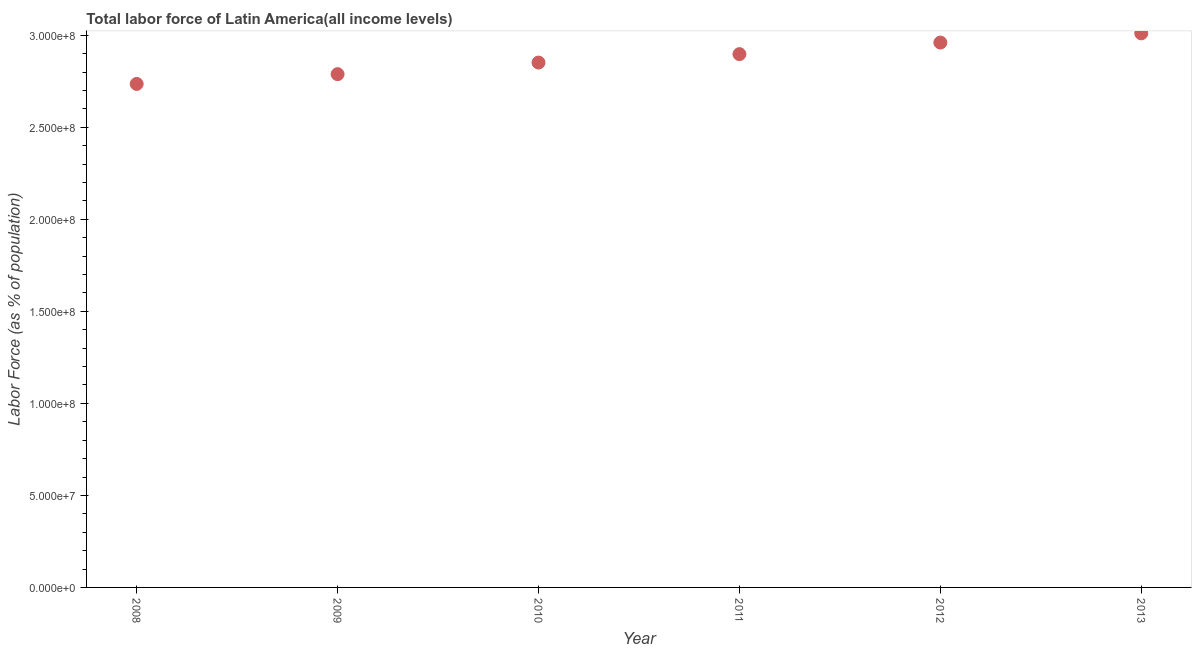
| Year | Labor force |
 | --- | --- |
 | 2008 | 2.74e+08 |
 | 2009 | 2.79e+08 |
 | 2010 | 2.85e+08 |
 | 2011 | 2.9e+08 |
 | 2012 | 2.96e+08 |
 | 2013 | 3.01e+08 |